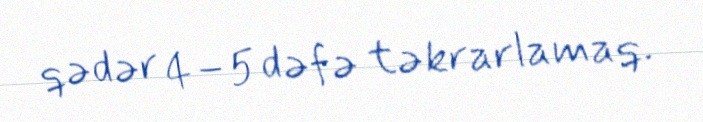
qədər 4–5 dəfə təkrarlamaq.